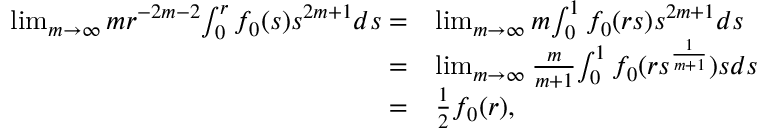
\begin{array} { r l } { \operatorname* { l i m } _ { m \rightarrow \infty } m r ^ { - 2 m - 2 } { \int _ { 0 } ^ { r } f _ { 0 } ( s ) s ^ { 2 m + 1 } d s } = } & { \operatorname* { l i m } _ { m \rightarrow \infty } m { \int _ { 0 } ^ { 1 } f _ { 0 } ( r s ) s ^ { 2 m + 1 } d s } } \\ { = } & { \operatorname* { l i m } _ { m \rightarrow \infty } \frac { m } { m + 1 } { \int _ { 0 } ^ { 1 } f _ { 0 } ( r s ^ { \frac { 1 } { m + 1 } } ) s d s } } \\ { = } & { \frac 1 2 f _ { 0 } ( r ) , } \end{array}